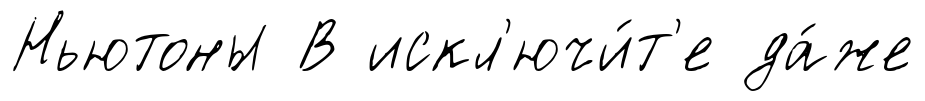
Ньютоны В искл'ючи́т'е да́же